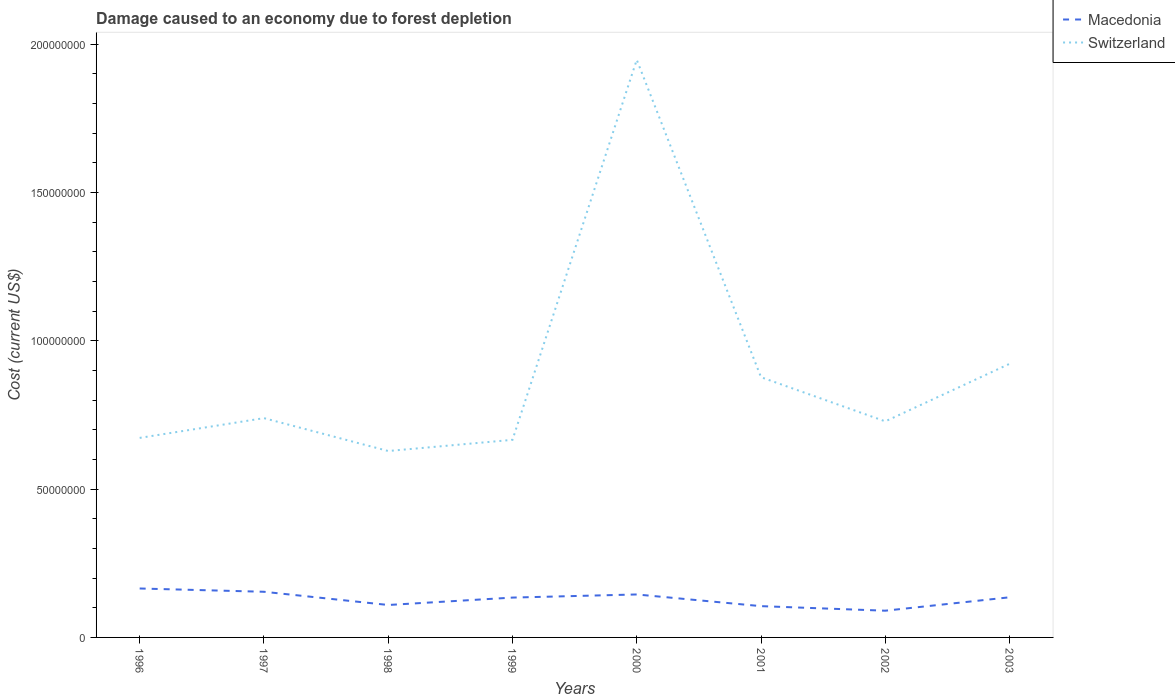
| Years | Macedonia | Switzerland |
 | --- | --- | --- |
 | 1996 | 1.65e+07 | 6.72e+07 |
 | 1997 | 1.54e+07 | 7.39e+07 |
 | 1998 | 1.09e+07 | 6.28e+07 |
 | 1999 | 1.34e+07 | 6.66e+07 |
 | 2000 | 1.45e+07 | 1.95e+08 |
 | 2001 | 1.05e+07 | 8.77e+07 |
 | 2002 | 9.01e+06 | 7.28e+07 |
 | 2003 | 1.35e+07 | 9.22e+07 |